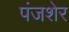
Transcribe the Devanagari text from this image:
पंजशेर